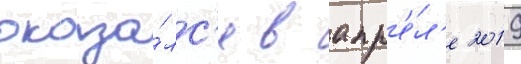
оказа́лс'я в апр'е́л'е 2019